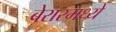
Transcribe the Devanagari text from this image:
बेरारमध्ये